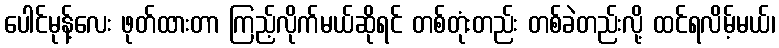
ပေါင်မုန့်လေး ဖုတ်ထားတာ ကြည့်လိုက်မယ်ဆိုရင် တစ်တုံးတည်း တစ်ခဲတည်းလို့ ထင်ရလိမ့်မယ်၊